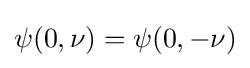
\psi (0,\nu )=\psi (0,-\nu )